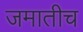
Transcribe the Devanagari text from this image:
जमातीच